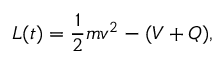
L ( t ) = { \frac { 1 } { 2 } } m v ^ { 2 } - ( V + Q ) ,